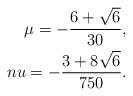
LaTeX: \begin{align*}\mu=-\frac{6+\sqrt{6}}{30},\\nu=-\frac{3+8\sqrt{6}}{750}.\end{align*}